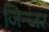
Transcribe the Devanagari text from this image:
जिन्जर